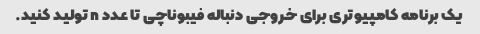
یک برنامه کامپیوتری برای خروجی دنباله فیبوناچی تا عدد n تولید کنید.